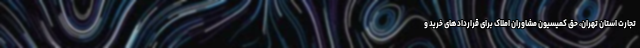
تجارت استان تهران، حق کمیسیون مشاوران املاک برای قراردادهای خرید و